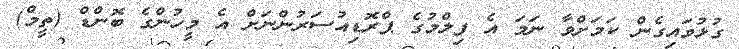
ގުޅުވައިގެން ކަމަށްވާ ނަމަ އެ ފިލްމުގެ ޕްރޮޑިއުސަރުންނަށް އެ މީހުންގެ ބޮންޑް (ތީމް)